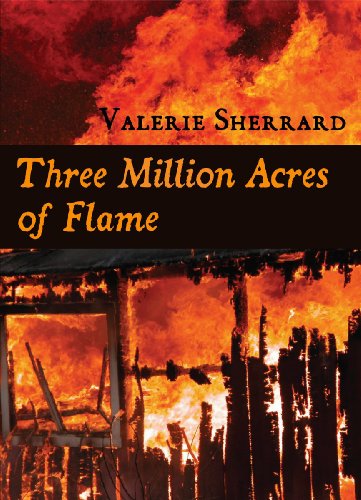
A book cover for Three Million Acres of Flame; Valerie Sherrard; Teen & Young Adult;